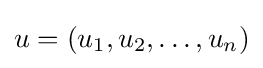
u=(u_{1},u_{2},\dots ,u_{n})